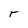
Character: r